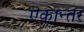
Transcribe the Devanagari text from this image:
एकान्‍तर